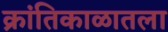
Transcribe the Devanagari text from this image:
क्रांतिकाळातला